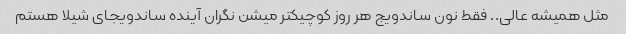
مثل همیشه عالی.. فقط نون ساندویج هر روز کوچیکتر میشن نگران آینده ساندویجای شیلا هستم